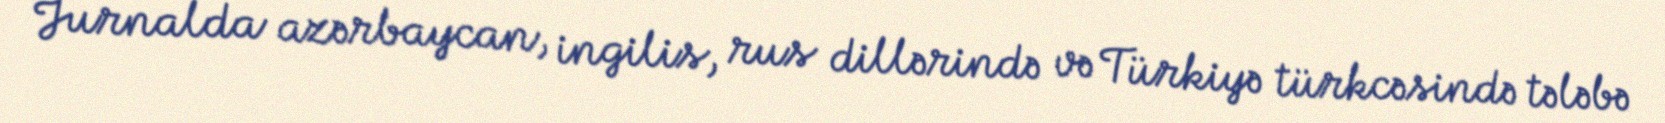
Jurnalda azərbaycan, ingilis, rus dillərində və Türkiyə türkcəsində tələbə